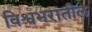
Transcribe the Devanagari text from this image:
विश्वभरातील